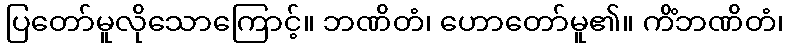
ပြတော်မူလိုသောကြောင့်။ ဘဏိတံ၊ ဟောတော်မူ၏။ ကိံဘဏိတံ၊